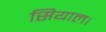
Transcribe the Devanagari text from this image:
सियाल।